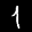
Label: 1